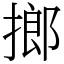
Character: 𢲲